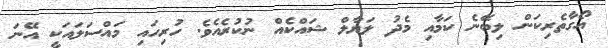
އޯގާތެރިކަން ލިބޭނެ ކަމާއި މެދު ލަޔާލް ޝައްކެއް ނުކުރެއެވެ. ހުރިހައި މައްސަލައަކީ އޭނަ